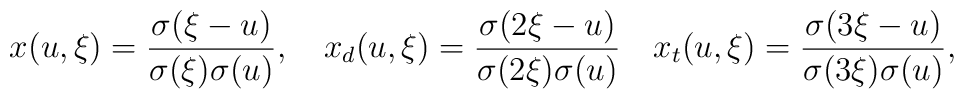
x(u,\xi)={\sigma(\xi-u)\over{\sigma(\xi)\sigma(u)}},    \quad   x_d(u,\xi)={\sigma(2\xi-u)\over{\sigma(2\xi)\sigma(u)}}   \quad   x_t(u,\xi)={\sigma(3\xi-u)\over{\sigma(3\xi)\sigma(u)}},